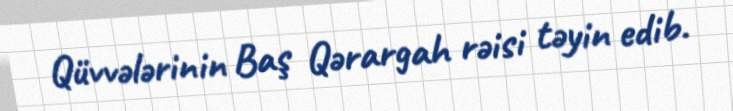
Qüvvələrinin Baş Qərargah rəisi təyin edib.